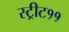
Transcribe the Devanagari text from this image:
स्ट्रीट११